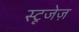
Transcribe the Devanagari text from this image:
स्टूजेज़